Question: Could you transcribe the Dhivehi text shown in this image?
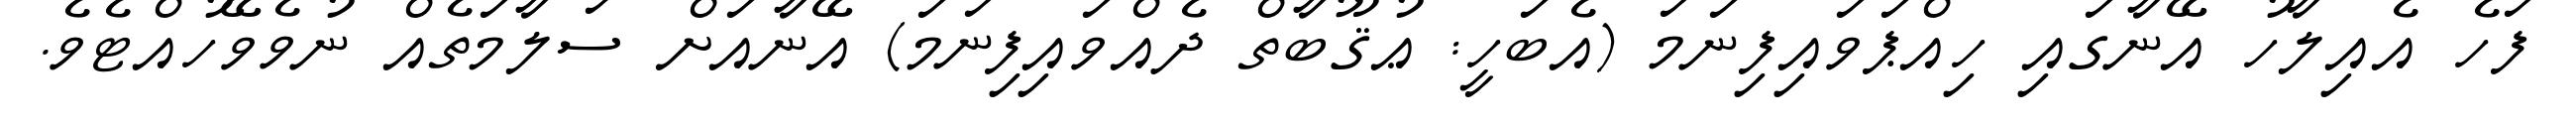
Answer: ފަހެ އެއިލާހު އޭނާގައި ހިއްޕަވައިފިނަމަ (އެބަހީ: ޢުޤޫބާތް ދެއްވައިފިނަމަ) އޭނާއަށް ސަލާމަތެއް ނުވެވޭހުއްޓެވެ.